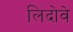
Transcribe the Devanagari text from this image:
लिदोवे